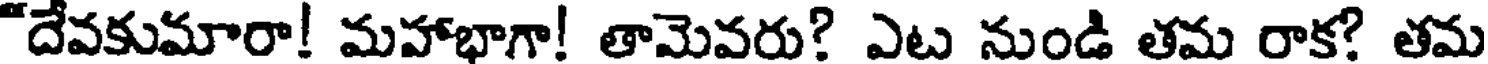
"దేవకుమారా! మహాభాగా! తామెవరు? ఎట నుండి తమ రాక? తమ